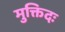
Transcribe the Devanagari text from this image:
मुक्तिदः